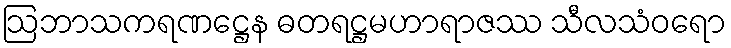
ဩဘာသကရဏဋ္ဌေန ဓတရဋ္ဌမဟာရာဇဿ သီလသံဝရော